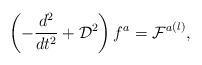
LaTeX: \begin{align*} \left(-\frac {d^2}{d t ^2} + {\cal D}^2 \right)f^a = {{\cal F}^a}^{(l)},\end{align*}